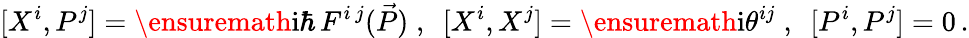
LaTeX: [X^{i},P^{j}]=\ensuremath{\mathrm{i}}\hbar\, F^{i\, j}(\vec{P})\; ,\ \ [X^{i},X^{j}]=\ensuremath{\mathrm{i}}\theta^{ij}\; ,\ \ [P^{i},P^{j}]=0\, .